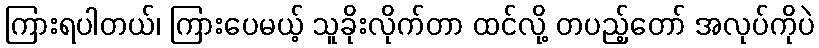
ကြားရပါတယ်၊ ကြားပေမယ့် သူခိုးလိုက်တာ ထင်လို့ တပည့်တော် အလုပ်ကိုပဲ